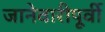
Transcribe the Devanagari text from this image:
जानेवारीपूर्वी